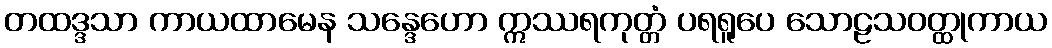
တထဒ္ဒသာ ကာယထာမေန သန္ဒေဟော ဣဿရကုတ္တံ ပရရူပေ သောဠသဝတ္ထုကာယ